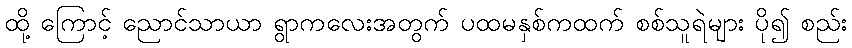
ထို့ ကြောင့် ညောင်သာယာ ရွာကလေးအတွက် ပထမနှစ်ကထက် စစ်သူရဲများ ပို၍ စည်း